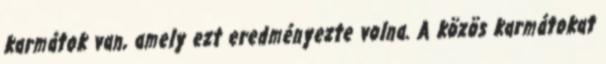
karmátok van, amely ezt eredményezte volna. A közös karmátokat